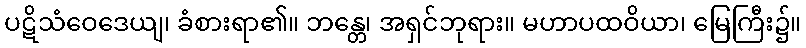
ပဋိသံဝေဒေယျ၊ ခံစားရာ၏။ ဘန္တေ၊ အရှင်ဘုရား။ မဟာပထဝိယာ၊ မြေကြီး၌။